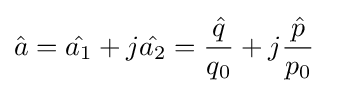
{\hat {a}}={\hat {a_{1}}}+j{\hat {a_{2}}}={\frac {\hat {q}}{q_{0}}}+j{\frac {\hat {p}}{p_{0}}}\